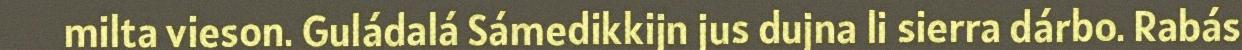
milta vieson. Guládalá Sámedikkijn jus dujna li sierra dárbo. Rabás